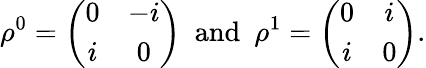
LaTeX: \rho^{0}=\left(\begin{array}{cc}{{0}}&{{-i}}\\ {{i}}&{{0}}\end{array}\right)\, \, \, \mathrm{and}\, \, \, \rho^{1}=\left(\begin{array}{cc}{{0}}&{{i}}\\ {{i}}&{{0}}\end{array}\right).